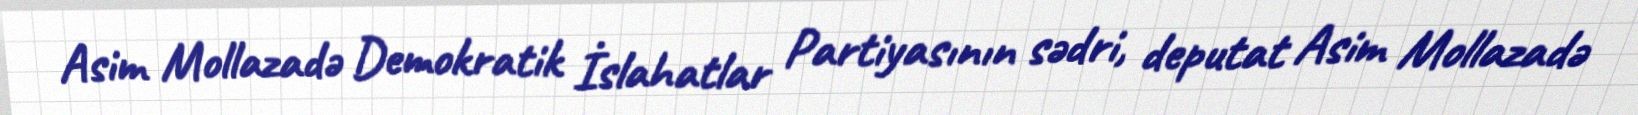
Asim Mollazadə Demokratik İslahatlar Partiyasının sədri, deputat Asim Mollazadə